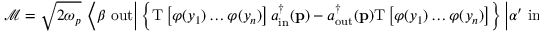
{ \mathcal { M } } = { \sqrt { 2 \omega _ { p } } } \ \left\langle \beta \ \mathrm { o u t } { \bigg | } \left\{ \mathrm { T } \left[ \varphi ( y _ { 1 } ) \ldots \varphi ( y _ { n } ) \right] a _ { \mathrm { i n } } ^ { \dagger } ( \mathbf { p } ) - a _ { \mathrm { o u t } } ^ { \dagger } ( \mathbf { p } ) \mathrm { T } \left[ \varphi ( y _ { 1 } ) \ldots \varphi ( y _ { n } ) \right] \right\} { \bigg | } \alpha ^ { \prime } \ \mathrm { i n } \right\rangle